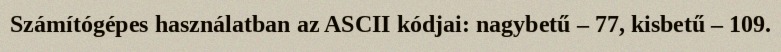
Számítógépes használatban az ASCII kódjai: nagybetű – 77, kisbetű – 109.